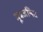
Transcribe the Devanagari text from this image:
मूत्रजनित